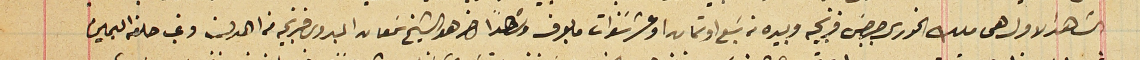
الشاهد الاول هى ملك الخورى جرجس فرنجيه وبيده من سَبع او ثمان او عشر سنوات ما بعرف وشاهدََا اخر هو الشيخ سَمعان البدوى فرنجيه من اهدن وغب حلفه اليمين